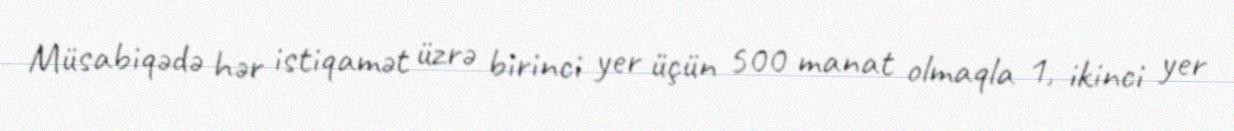
Müsabiqədə hər istiqamət üzrə birinci yer üçün 500 manat olmaqla 1, ikinci yer